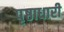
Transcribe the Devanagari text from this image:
पृष्ठाधारी